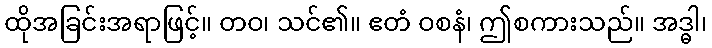
ထိုအခြင်းအရာဖြင့်။ တဝ၊ သင်၏။ ဧတံ ဝစနံ၊ ဤစကားသည်။ အဒ္ဓါ၊